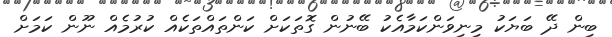
ބިން ދޭ ބަޔަކު މިނިވަންކަމާއެކު ބޭނުން ގޮތަކަށް ކަންތައްތަކެއް ކުރުމެއް ނޫން ކަމަށް